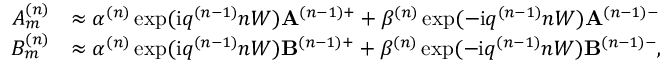
\begin{array} { r l } { A _ { m } ^ { ( n ) } } & { \approx \alpha ^ { ( n ) } \exp ( \mathrm { i } q ^ { ( n - 1 ) } n W ) \mathbf { A } ^ { ( n - 1 ) + } + \beta ^ { ( n ) } \exp ( - \mathrm { i } q ^ { ( n - 1 ) } n W ) \mathbf { A } ^ { ( n - 1 ) - } } \\ { B _ { m } ^ { ( n ) } } & { \approx \alpha ^ { ( n ) } \exp ( \mathrm { i } q ^ { ( n - 1 ) } n W ) \mathbf { B } ^ { ( n - 1 ) + } + \beta ^ { ( n ) } \exp ( - \mathrm { i } q ^ { ( n - 1 ) } n W ) \mathbf { B } ^ { ( n - 1 ) - } , } \end{array}